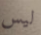
ليس